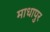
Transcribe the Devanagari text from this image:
माधापुर